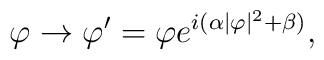
\varphi\rightarrow \varphi '= \varphi e^{i(\alpha|\varphi|^2 +\beta)},